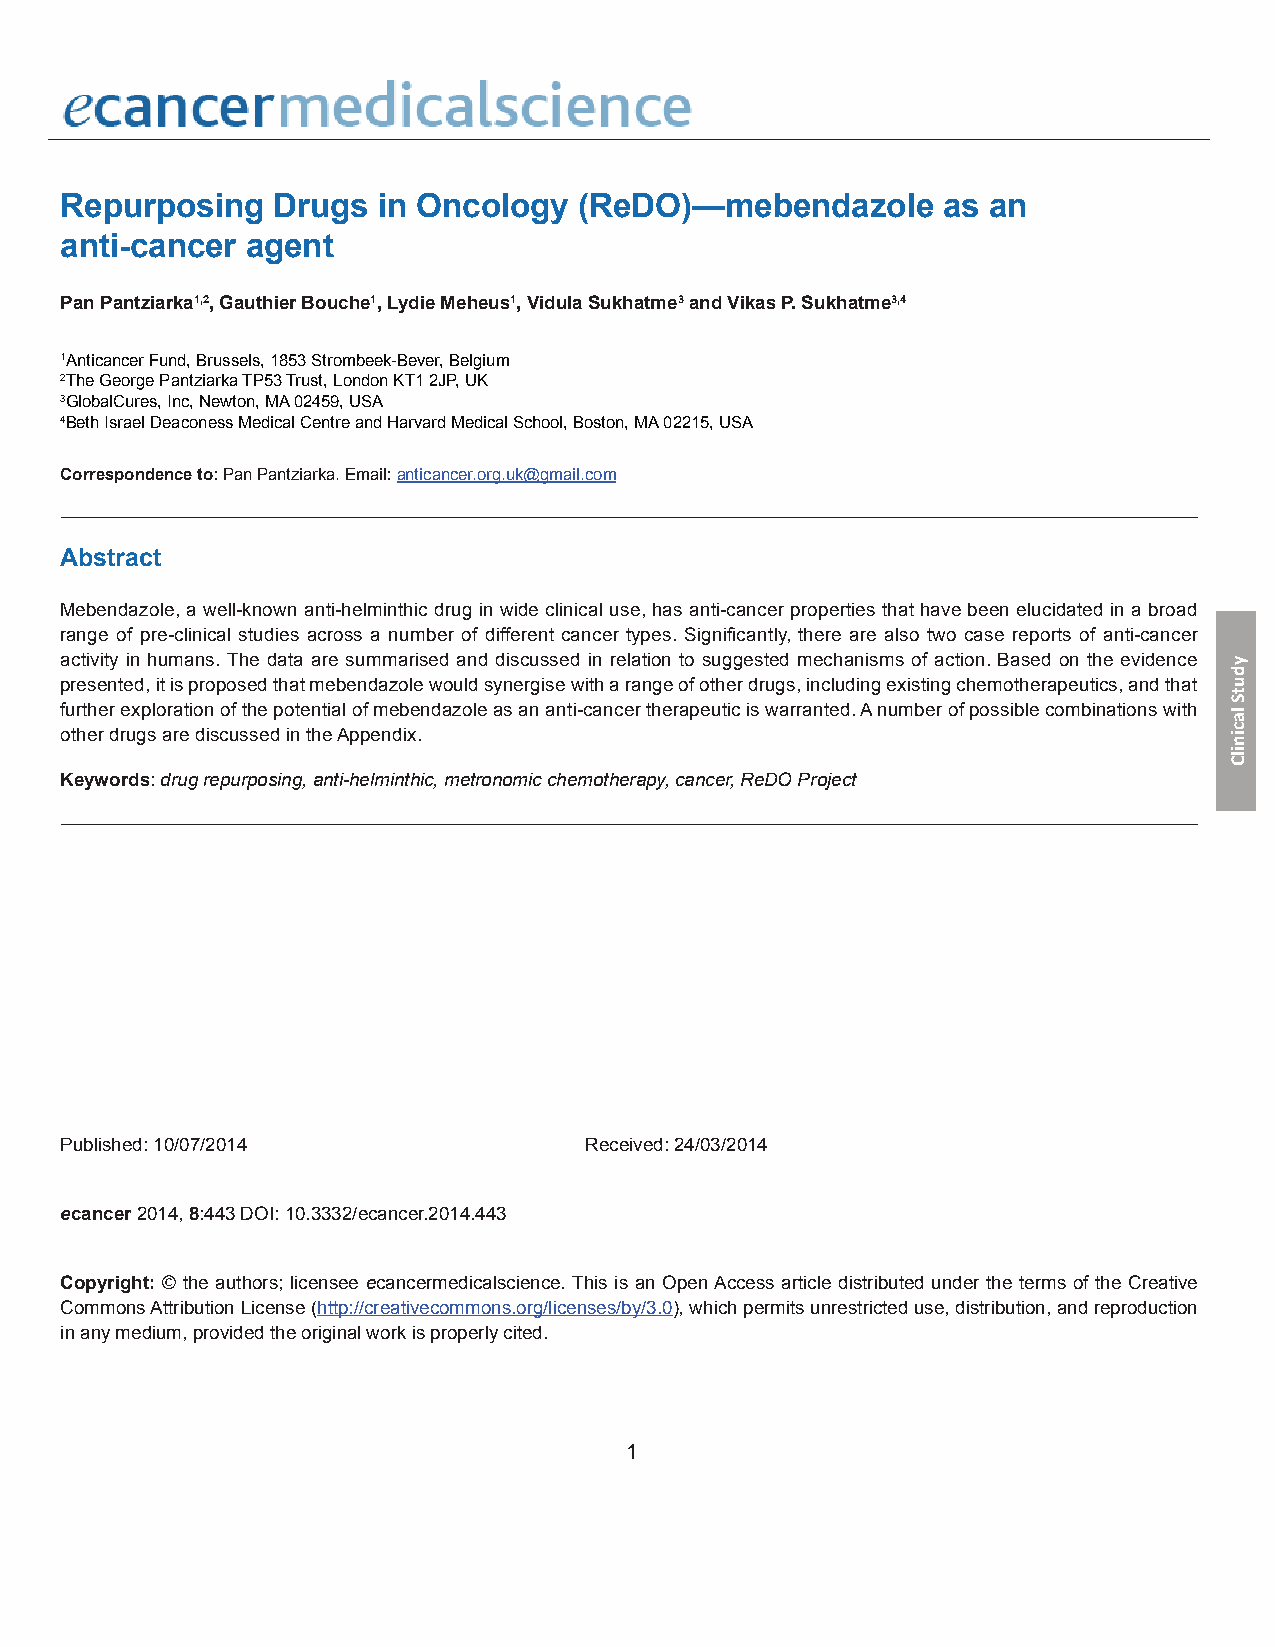
Repurposing   Drugs  in Oncology  (ReDO)—mebendazole      as an
 anti-cancer agent
 Pan Pantziarka1,2, Gauthier Bouche1, Lydie Meheus1, Vidula Sukhatme3 and Vikas P. Sukhatme3,4
 1 Anticancer Fund, Brussels, 1853 Strombeek-Bever, Belgium
 2The George Pantziarka TP53 Trust, London KT1 2JP, UK
 3GlobalCures, Inc, Newton, MA 02459, USA
 4Beth Israel Deaconess Medical Centre and Harvard Medical School, Boston, MA 02215, USA
 Correspondence to: Pan Pantziarka. Email: anticancer.org.uk@gmail.com
 Abstract
 Mebendazole, a well-known anti-helminthic drug in wide clinical use, has anti-cancer properties that have been elucidated in a broad
 range of pre-clinical studies across a number of different cancer types. Significantly, there are also two case reports of anti-cancer
 activity in humans. The data are summarised and discussed in relation to suggested mechanisms of action. Based on the evidence
 presented, it is proposed that mebendazole would synergise with a range of other drugs, including existing chemotherapeutics, and that
 further exploration of the potential of mebendazole as an anti-cancer therapeutic is warranted. A number of possible combinations with
 other drugs are discussed in the Appendix.
 Keywords: drug repurposing, anti-helminthic, metronomic chemotherapy, cancer, ReDO Project
 Published: 10/07/2014              Received: 24/03/2014
 ecancer 2014, 8:443 DOI: 10.3332/ecancer.2014.443
 Copyright: © the authors; licensee ecancermedicalscience. This is an Open Access article distributed under the terms of the Creative
 Commons Attribution License (http://creativecommons.org/licenses/by/3.0), which permits unrestricted use, distribution, and reproduction
 in any medium, provided the original work is properly cited.
 1
 ydutS
 lacinilC